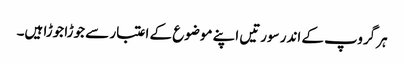
ہر گروپ کے اندر سورتیں اپنے موضوع کے اعتبار سے جوڑا جوڑا ہیں۔